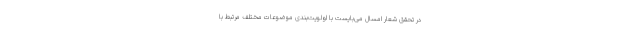
در تحقق شعار امسال می‌بایست با اولویت‌بندی موضوعات مختلف مرتبط با